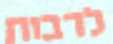
לרבות